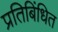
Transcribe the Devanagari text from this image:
प्रतिबिंधित